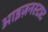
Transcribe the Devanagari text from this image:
आइज़नस्टाट